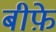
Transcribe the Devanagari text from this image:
बीफ़े